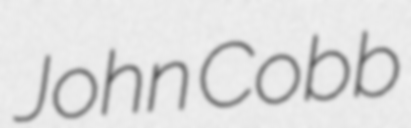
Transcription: John Cobb